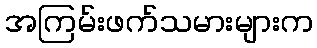
အကြမ်းဖက်သမားများက